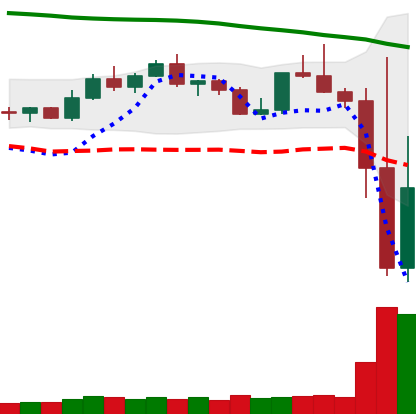
Ticker: TRX-USD
Chart end date: 2022-11-10
Forward return: -12.219%
Label: down_7plus